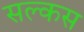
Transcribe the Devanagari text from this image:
सल्कस